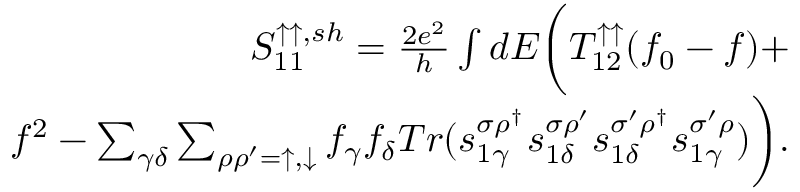
\begin{array} { r } { { S _ { 1 1 } ^ { \uparrow \uparrow , s h } } = \frac { 2 e ^ { 2 } } { h } \int d E \bigg ( T _ { 1 2 } ^ { \uparrow \uparrow } ( f _ { 0 } - f ) + } \\ { f ^ { 2 } - \sum _ { \gamma \delta } \sum _ { \rho \rho ^ { \prime } = \uparrow , \downarrow } f _ { \gamma } f _ { \delta } T r ( s _ { 1 \gamma } ^ { \sigma \rho ^ { \dagger } } s _ { 1 \delta } ^ { \sigma \rho ^ { \prime } } s _ { 1 \delta } ^ { \sigma ^ { \prime } \rho ^ { \dagger } } s _ { 1 \gamma } ^ { \sigma ^ { \prime } \rho } ) \bigg ) . } \end{array}